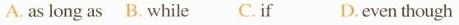
A. as long as B. while C. if D. even though